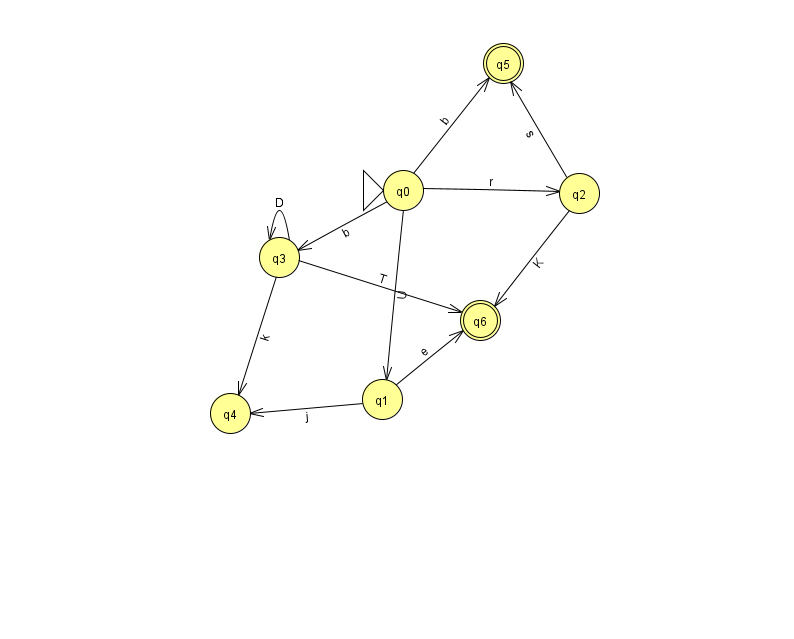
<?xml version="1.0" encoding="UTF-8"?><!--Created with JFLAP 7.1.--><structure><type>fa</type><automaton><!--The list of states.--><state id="0" name="q0"><x>403.0</x><y>177.0</y><initial/></state><state id="1" name="q1"><x>382.0</x><y>386.0</y></state><state id="2" name="q2"><x>579.0</x><y>180.0</y></state><state id="3" name="q3"><x>279.0</x><y>244.0</y></state><state id="4" name="q4"><x>230.0</x><y>400.0</y></state><state id="5" name="q5"><x>503.0</x><y>50.0</y><final/></state><state id="6" name="q6"><x>480.0</x><y>307.0</y><final/></state><!--The list of transitions.--><transition><from>0</from><to>1</to><read>U</read></transition><transition><from>0</from><to>2</to><read>r</read></transition><transition><from>3</from><to>3</to><read>D</read></transition><transition><from>1</from><to>4</to><read>j</read></transition><transition><from>2</from><to>6</to><read>K</read></transition><transition><from>3</from><to>6</to><read>T</read></transition><transition><from>0</from><to>3</to><read>b</read></transition><transition><from>3</from><to>4</to><read>k</read></transition><transition><from>0</from><to>5</to><read>b</read></transition><transition><from>1</from><to>6</to><read>e</read></transition><transition><from>2</from><to>5</to><read>s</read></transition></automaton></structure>